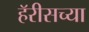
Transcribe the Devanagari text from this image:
हॅरीसच्या